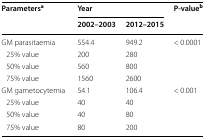
<table><thead><tr><td rowspan="2"><b>Parameters<sup>a</sup></b></td><td colspan="2"><b>Year</b></td><td rowspan="2"><b>P-value<sup>b</sup> (2-sided)</b></td></tr><tr><td><b>2002–2003</b></td><td><b>2012–2015</b></td></tr></thead><tbody><tr><td>GM parasitaemia</td><td>554.4</td><td>949.2</td><td>&lt; 0.0001</td></tr><tr><td> 25% value</td><td>200</td><td>280</td><td></td></tr><tr><td> 50% value</td><td>560</td><td>800</td><td></td></tr><tr><td> 75% value</td><td>1560</td><td>2600</td><td></td></tr><tr><td>GM gametocytemia</td><td>54.1</td><td>106.4</td><td>&lt; 0.001</td></tr><tr><td> 25% value</td><td>40</td><td>40</td><td></td></tr><tr><td> 50% value</td><td>40</td><td>80</td><td></td></tr><tr><td> 75% value</td><td>80</td><td>200</td><td></td></tr></tbody></table>